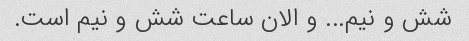
شش و نیم... و الان ساعت شش و نیم است.